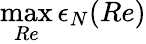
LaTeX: \operatorname*{max}_{Re}\epsilon_{N}(Re)